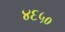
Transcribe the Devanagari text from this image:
४६५०